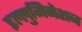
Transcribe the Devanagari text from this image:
इल्लुमिनेशन